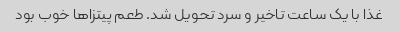
غذا با یک ساعت تاخیر و ‌سرد تحویل شد. طعم پیتزاها خوب بود